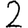
Digit: 2